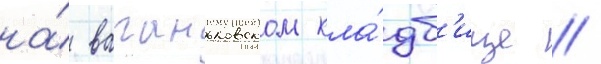
на́ ваганьковском кла́дб'ище //